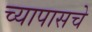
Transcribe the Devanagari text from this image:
च्यापासचे